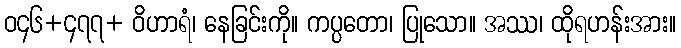
ဝ၄၆+၄၇၇+ ဝိဟာရံ၊ နေခြင်းကို။ ကပ္ပတော၊ ပြုသော။ အဿ၊ ထိုရဟန်းအား။